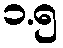
၁.၅